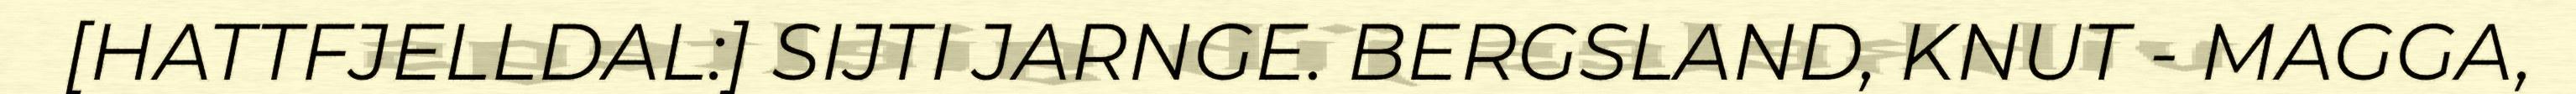
[HATTFJELLDAL:] SIJTI JARNGE. BERGSLAND, KNUT - MAGGA,